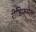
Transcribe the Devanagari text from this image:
रीडिफमेल